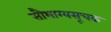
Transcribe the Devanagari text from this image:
सौभाग्यसूचक